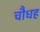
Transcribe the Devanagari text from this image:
चौधह